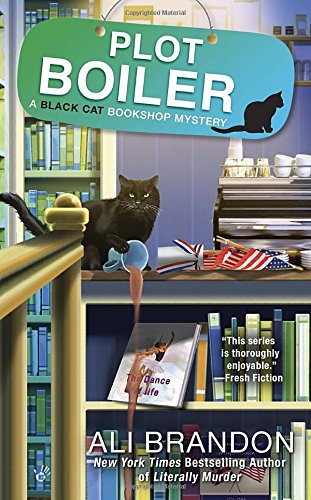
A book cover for Plot Boiler (A Black Cat Bookshop Mystery); Ali Brandon; Mystery, Thriller & Suspense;